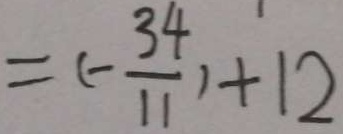
= ( - \frac { 3 4 } { 1 1 } ) + 1 2